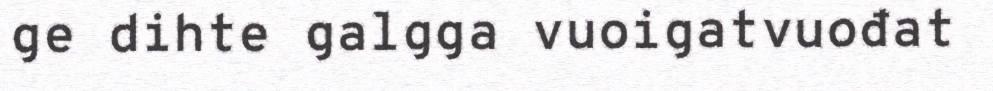
ge dihte galgga vuoigatvuođat